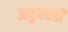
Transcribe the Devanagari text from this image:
अपुत्रवती